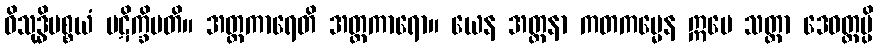
ဝိသုဒ္ဓိပစ္စယံ ပဋိက္ခိပတိ။ အတ္တကာရေတိ အတ္တကာရော။ ယေန အတ္တနာ ကတကမ္မေန ဣမေ သတ္တာ ဒေဝတ္တမ္ပိ